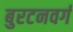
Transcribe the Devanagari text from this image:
बुरटनवर्ग